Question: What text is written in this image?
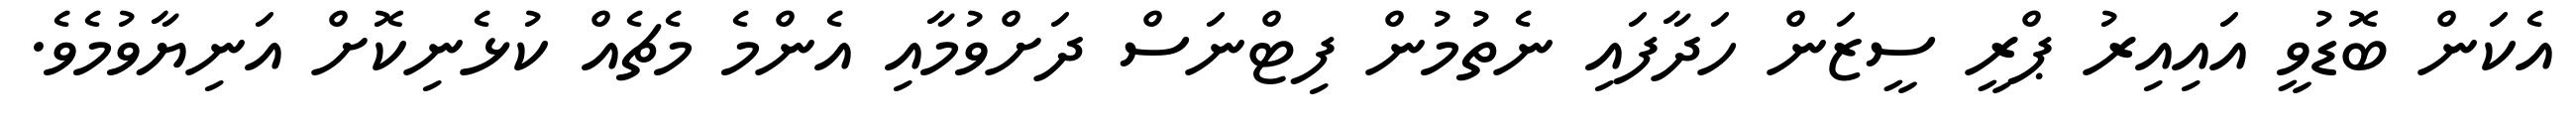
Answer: އެކަން ބޮޑުވީ އައިއިރު ޕްރީ ސީޒަން ހަދާފައި ނެތުމުން ފިޓްނަސް ދަށްވުމާއި އެންމެ މެޗެއް ކުޅެނިކޮށް އަނިޔާވުމެވެ.